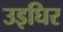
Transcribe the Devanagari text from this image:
उइघिर